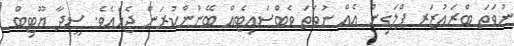
ނުވަތަ ބްރައުޒަރ ޕްލަގިން އެއް ނުވަތަ ވެބްސައިޓެއް ބޭނުންކުރަން ޖެހެއެވެ. ސީދާ ޔޫޓިބް